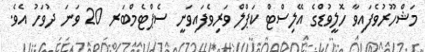
މަޝްހޫރުވެފައިވާ ހޮލީވުޑްގެ އޭލިސްޓް ކަޕްލް ވަރިވެފައިވަނީ ސެޕްޓެމްބަރ 20 ވަނަ ދުވަހު އެވެ.